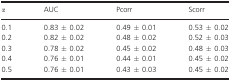
<table><thead><tr><td><b><i>α</i></b></td><td><b>AUC</b></td><td><b>Pcorr</b></td><td><b>Scorr</b></td></tr></thead><tbody><tr><td>0.1</td><td>0.83 ± 0.02</td><td>0.49 ± 0.01</td><td>0.53 ± 0.02</td></tr><tr><td>0.2</td><td>0.82 ± 0.02</td><td>0.48 ± 0.02</td><td>0.52 ± 0.03</td></tr><tr><td>0.3</td><td>0.78 ± 0.02</td><td>0.45 ± 0.02</td><td>0.48 ± 0.03</td></tr><tr><td>0.4</td><td>0.76 ± 0.01</td><td>0.44 ± 0.01</td><td>0.45 ± 0.02</td></tr><tr><td>0.5</td><td>0.76 ± 0.01</td><td>0.43 ± 0.03</td><td>0.45 ± 0.02</td></tr></tbody></table>